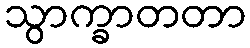
သွာက္ခာတတာ